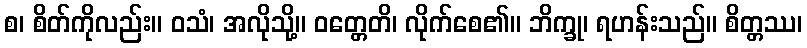
စ၊ စိတ်ကိုလည်း။ ဝသံ၊ အလိုသို့။ ဝတ္တေတိ၊ လိုက်စေ၏။ ဘိက္ခု၊ ရဟန်းသည်။ စိတ္တဿ၊